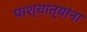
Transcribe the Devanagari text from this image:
पाश्चात्यांना